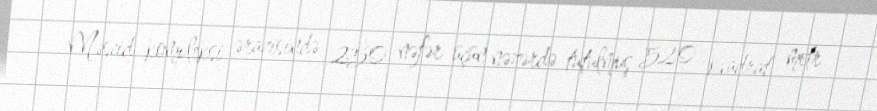
Məscid kompleksi ərazisində 250 nəfər üçün nəzərdə tutulmuş 520 kvadrat metr